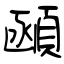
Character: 顄